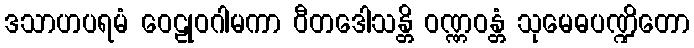
ဒသာဟပရမံ ဝေဠုဝဂါမကာ ဝီတဒေါသန္တိ ဝဏ္ဏဝန္တံ သုမေဓပဏ္ဍိတော